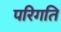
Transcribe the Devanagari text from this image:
परिगति